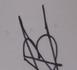
Signature authenticity: forged